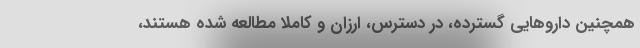
همچنین داروهایی گسترده، در دسترس، ارزان و کاملا مطالعه شده هستند،